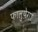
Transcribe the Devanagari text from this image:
फालुपेगा